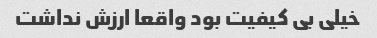
خیلی بی کیفیت بود واقعا ارزش نداشت